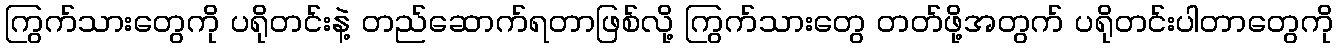
ကြွက်သားတွေကို ပရိုတင်းနဲ့ တည်ဆောက်ရတာဖြစ်လို့ ကြွက်သားတွေ တတ်ဖို့အတွက် ပရိုတင်းပါတာတွေကို